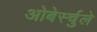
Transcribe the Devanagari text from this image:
ओबेर्स्चुले